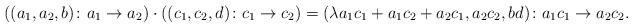
LaTeX: \begin{gather*}\left((a_1,a_2,b) \colon a_1 \to a_2\right) \cdot \left((c_1,c_2,d)\colon c_1\to c_2\right)=(\lambda a_1c_1 + a_1c_2 + a_2c_1, a_2c_2,bd)\colon a_1c_1 \to a_2c_2.\end{gather*}